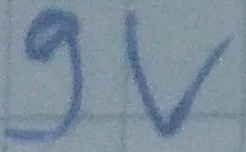
Text: 9v